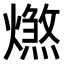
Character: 𤐑